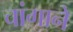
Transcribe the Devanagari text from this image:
चांगाने